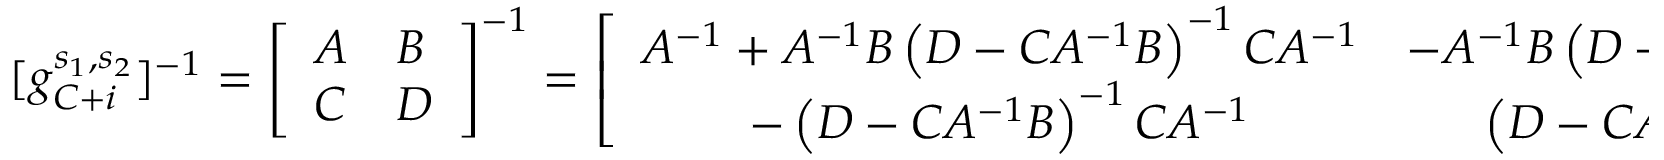
[ g _ { C + i } ^ { s _ { 1 } , s _ { 2 } } ] ^ { - 1 } = \left[ \begin{array} { l l } { A } & { B } \\ { C } & { D } \end{array} \right] ^ { - 1 } = \left[ \begin{array} { c c } { A ^ { - 1 } + A ^ { - 1 } B \left( D - C A ^ { - 1 } B \right) ^ { - 1 } C A ^ { - 1 } } & { - A ^ { - 1 } B \left( D - C A ^ { - 1 } B \right) ^ { - 1 } } \\ { - \left( D - C A ^ { - 1 } B \right) ^ { - 1 } C A ^ { - 1 } } & { \left( D - C A ^ { - 1 } B \right) ^ { - 1 } } \end{array} \right] ,